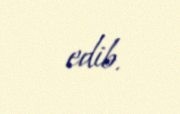
edib.